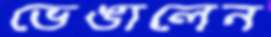
ভেঙালেন